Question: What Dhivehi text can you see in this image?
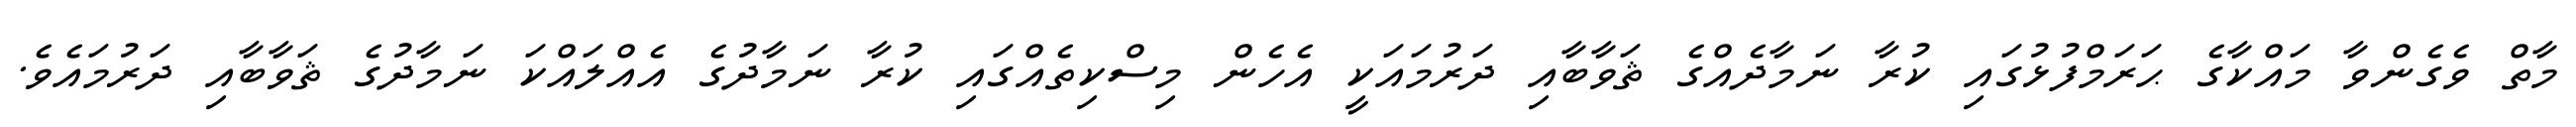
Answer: މާތް ވެގެންވާ މައްކާގެ ޙަރަމްފުޅުގައި ކުރާ ނަމާދެއްގެ ޘަވާބާއި ދަރުމައަކީ އެހެން މިސްކިތެއްގައި ކުރާ ނަމާދުގެ އެއްލައްކަ ނަމާދުގެ ޘަވާބާއި ދަރުމައެވެ.